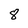
Character: 8